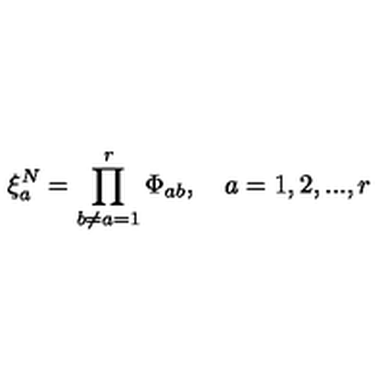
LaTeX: \xi _ { a } ^ { N } = \prod _ { b \neq a = 1 } ^ { r } \Phi _ { a b } , \quad a = 1 , 2 , . . . , r